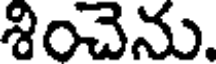
శించెను.